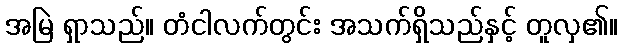
အမြဲ ရှာသည်။ တံငါလက်တွင်း အသက်ရှိသည်နှင့် တူလှ၏။